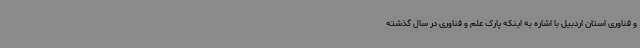
و فناوری استان اردبیل با اشاره به اینکه پارک علم و فناوری در سال گذشته